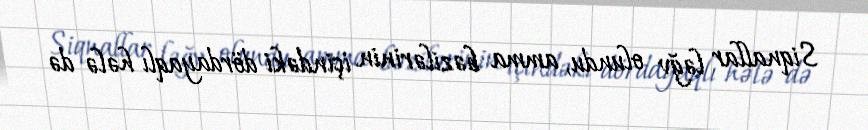
Siqnallar ləğv olundu, amma bəzilərinin içindəki dördayaqlı hələ də